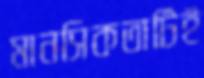
মানসিকতাটিই